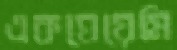
একঘেয়েমি